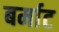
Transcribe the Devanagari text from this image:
बर्माट